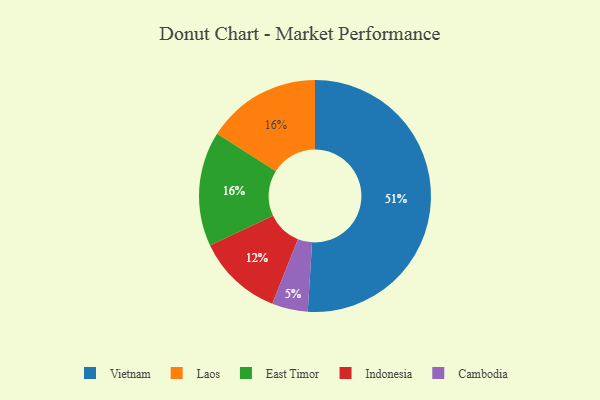
{"axis": {"x": "Category", "y": "Percentage"}, "legend": ["Cambodia", "East Timor", "Indonesia", "Laos", "Vietnam"], "data": [{"x": "Laos", "y": 16, "type": "Laos"}, {"x": "East Timor", "y": 16, "type": "East Timor"}, {"x": "Vietnam", "y": 51, "type": "Vietnam"}, {"x": "Cambodia", "y": 5, "type": "Cambodia"}, {"x": "Indonesia", "y": 12, "type": "Indonesia"}]}